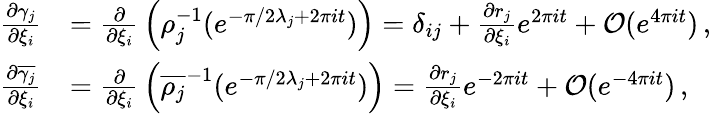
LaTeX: \begin{array}{rl}{{\frac{\partial\gamma_{j}}{\partial\xi_{i}}}}&{={\frac{\partial}{\partial\xi_{i}}}\left(\rho_{j}^{-1}(e^{-\pi/2\lambda_{j}+2\pi it})\right)=\delta_{ij}+{\frac{\partial r_{j}}{\partial\xi_{i}}}e^{2\pi it}+\mathcal{O}(e^{4\pi it})\, ,}\\ {{\frac{\partial\overline{{\gamma_{j}}}}{\partial\xi_{i}}}}&{={\frac{\partial}{\partial\xi_{i}}}\left(\overline{{\rho_{j}}}^{-1}(e^{-\pi/2\lambda_{j}+2\pi it})\right)={\frac{\partial r_{j}}{\partial\xi_{i}}}e^{-2\pi it}+\mathcal{O}(e^{-4\pi it})\, ,}\end{array}